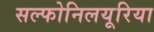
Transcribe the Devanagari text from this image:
सल्फोनिलयूरिया